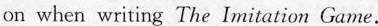
on when writing The Imitation Game.